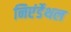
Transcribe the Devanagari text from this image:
निएंर्डेथल